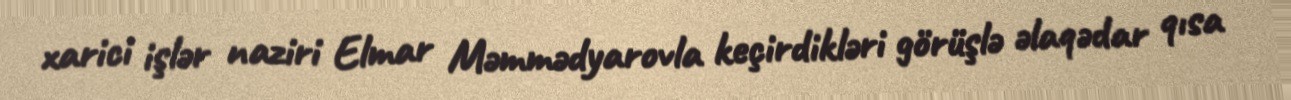
xarici işlər naziri Elmar Məmmədyarovla keçirdikləri görüşlə əlaqədar qısa